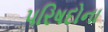
પરિષદોના